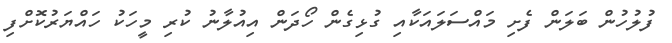
ފުލުހުން ބަލަން ފެށި މައްސަލައަކާއި ގުޅިގެން ހޯދަން އިއުލާނު ކުރި މީހަކު ހައްޔަރުކޮށްފި